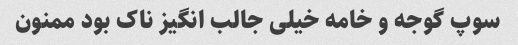
سوپ گوجه و خامه خیلی جالب انگیز ناک بود ممنون